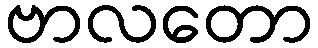
ဗာလတော